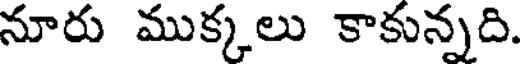
నూరు ముక్కలు కాకున్నది.